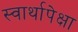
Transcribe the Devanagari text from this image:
स्वार्थापेक्षा